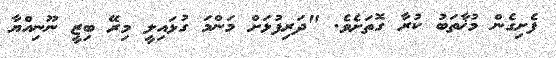
ފެށިގެން މުޚާތަބު ކުރާ ގޮތަށެވެ. "ދަރިފުޅަށް މަންމަ ގުޅައިލީ މިރޭ ބިޒީ ނޫނިއްޔާ